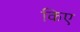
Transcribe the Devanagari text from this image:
किए